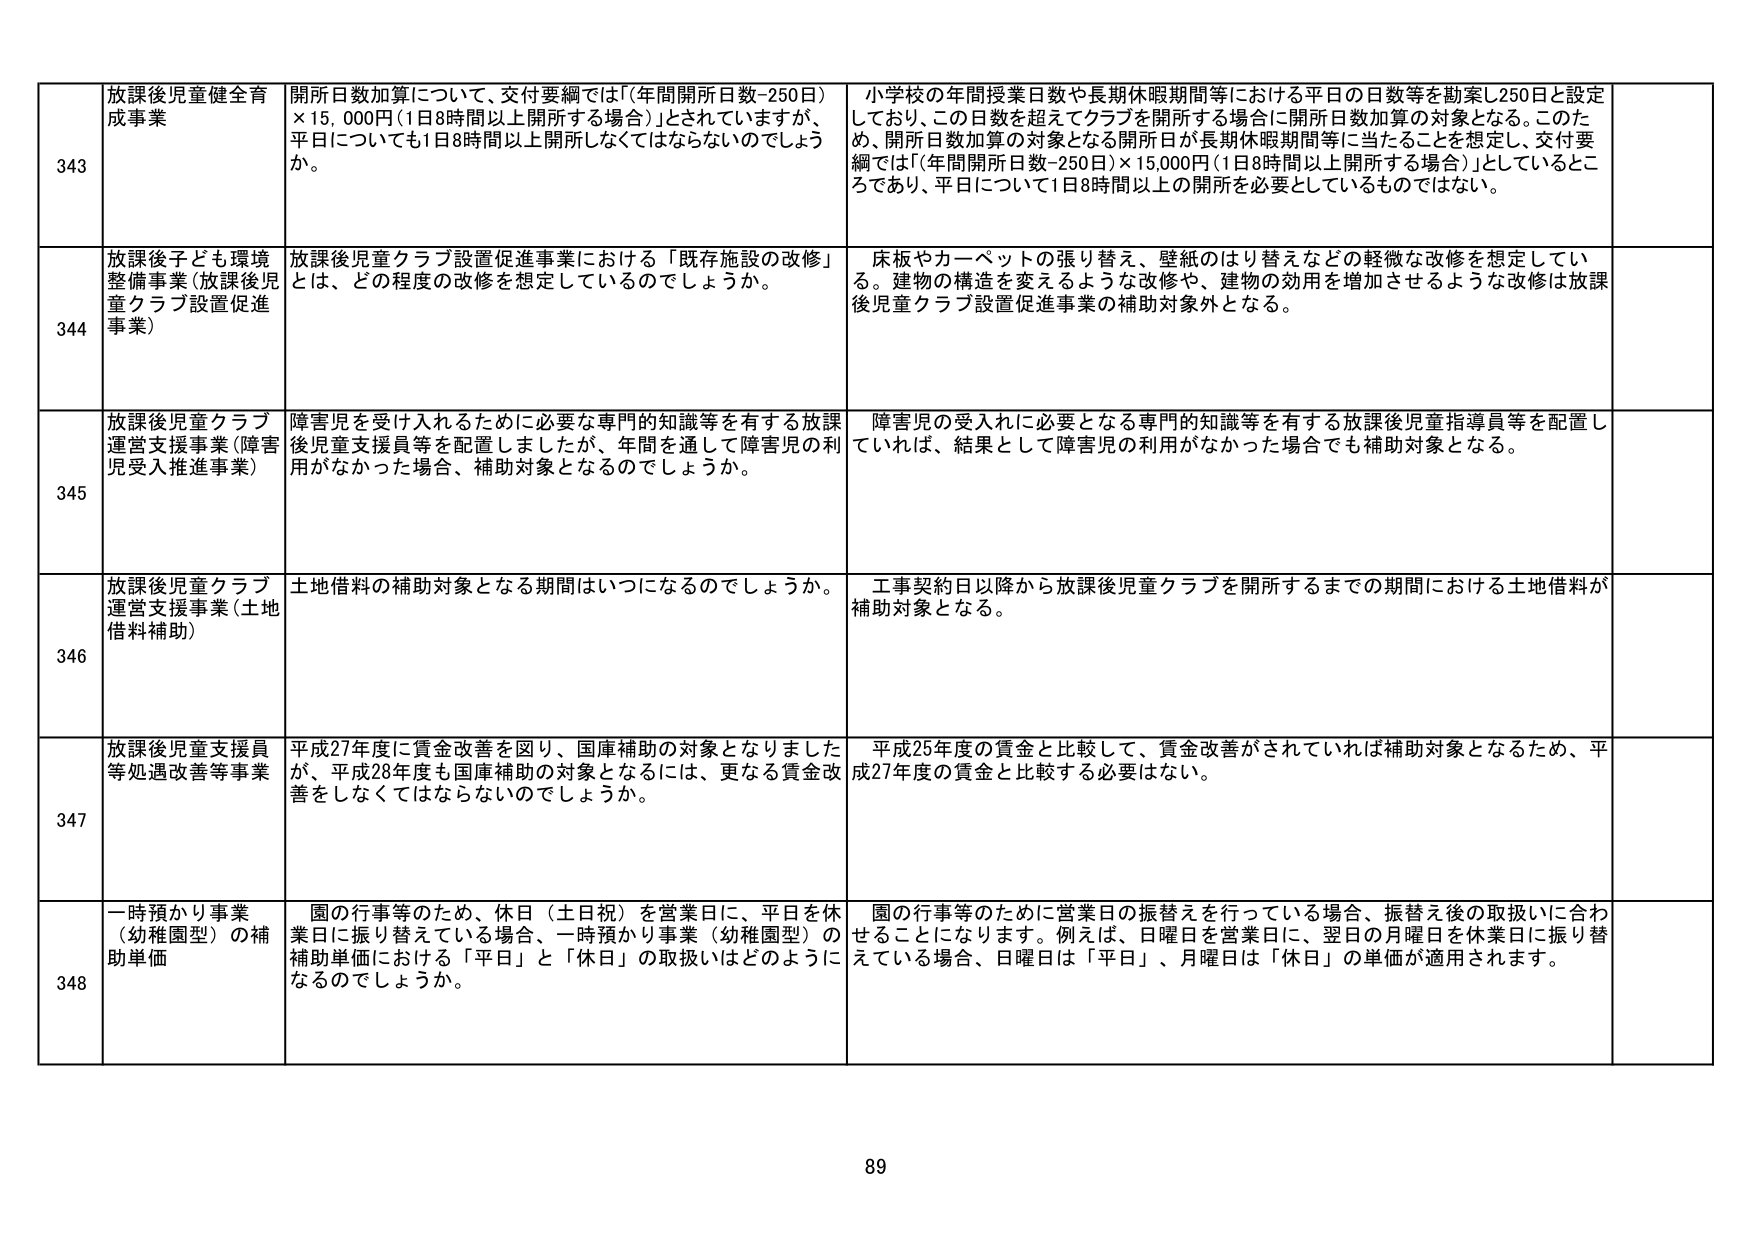
343 放課後児童健全育成事業 開所日数加算について、交付要綱では「（年間開所日数-250日）×15,000円（1日8時間以上開所する場合）」とされていますが、平日についても1日8時間以上開所しなくてはならないのでしょうか。 小学校の年間授業日数や長期休暇期間等における平日の日数等を勘案し250日と設定しており、この日数を超えてクラブを開所する場合に開所日数加算の対象となる。このため、開所日数加算の対象となる開所日が長期休暇期間等に当たることを想定し、交付要綱では「（年間開所日数-250日）×15,000円（1日8時間以上開所する場合）」としているところであり、平日について1日8時間以上の開所を必要としているものではない。

344 放課後子ども環境整備事業（放課後児童クラブ設置促進事業） 放課後児童クラブ設置促進事業における「既存施設の改修」とは、どの程度の改修を想定しているのでしょうか。 床板やカーペットの張り替え、壁紙のはり替えなどの軽微な改修を想定している。建物の構造を変えるような改修や、建物の効用を増加させるような改修は放課後児童クラブ設置促進事業の補助対象外となる。

345 放課後児童クラブ運営支援事業（障害児受入推進事業） 障害児を受け入れるために必要な専門的知識等を有する放課後児童支援員等を配置しましたが、年間を通じて障害児の利用がなかった場合、補助対象となるのでしょうか。 障害児の受入れに必要となる専門的知識等を有する放課後児童指導員等を配置していれば、結果として障害児の利用がなかった場合でも補助対象となる。

346 放課後児童クラブ運営支援事業（土地借料補助） 土地借料の補助対象となる期間はいつになるのでしょうか。 工事契約日以降から放課後児童クラブを開所するまでの期間における土地借料が補助対象となる。

347 放課後児童支援員等処遇改善等事業 平成27年度に賃金改善を図り、国庫補助の対象となりましたが、平成28年度も国庫補助の対象となるには、更なる賃金改善をしなくてはならないのでしょうか。 平成25年度の賃金と比較して、賃金改善がされていれば補助対象となるため、平成27年度の賃金と比較する必要はない。

348 一時預かり事業（幼稚園型）の補助単価 園の行事等のため、休日（土日祝）を営業日に、平日を休業日に振り替えている場合、一時預かり事業（幼稚園型）の補助単価における「平日」と「休日」の取扱いはどのようになるのでしょうか。 園の行事等のために営業日の振替えを行っている場合、振替え後の取扱いに合わせることになります。例えば、日曜日を営業日に、翌日の月曜日を休業日に振り替えている場合、日曜日は「平日」、月曜日は「休日」の単価が適用されます。

89